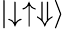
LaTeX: \left|\downarrow\uparrow\Downarrow\right\rangle